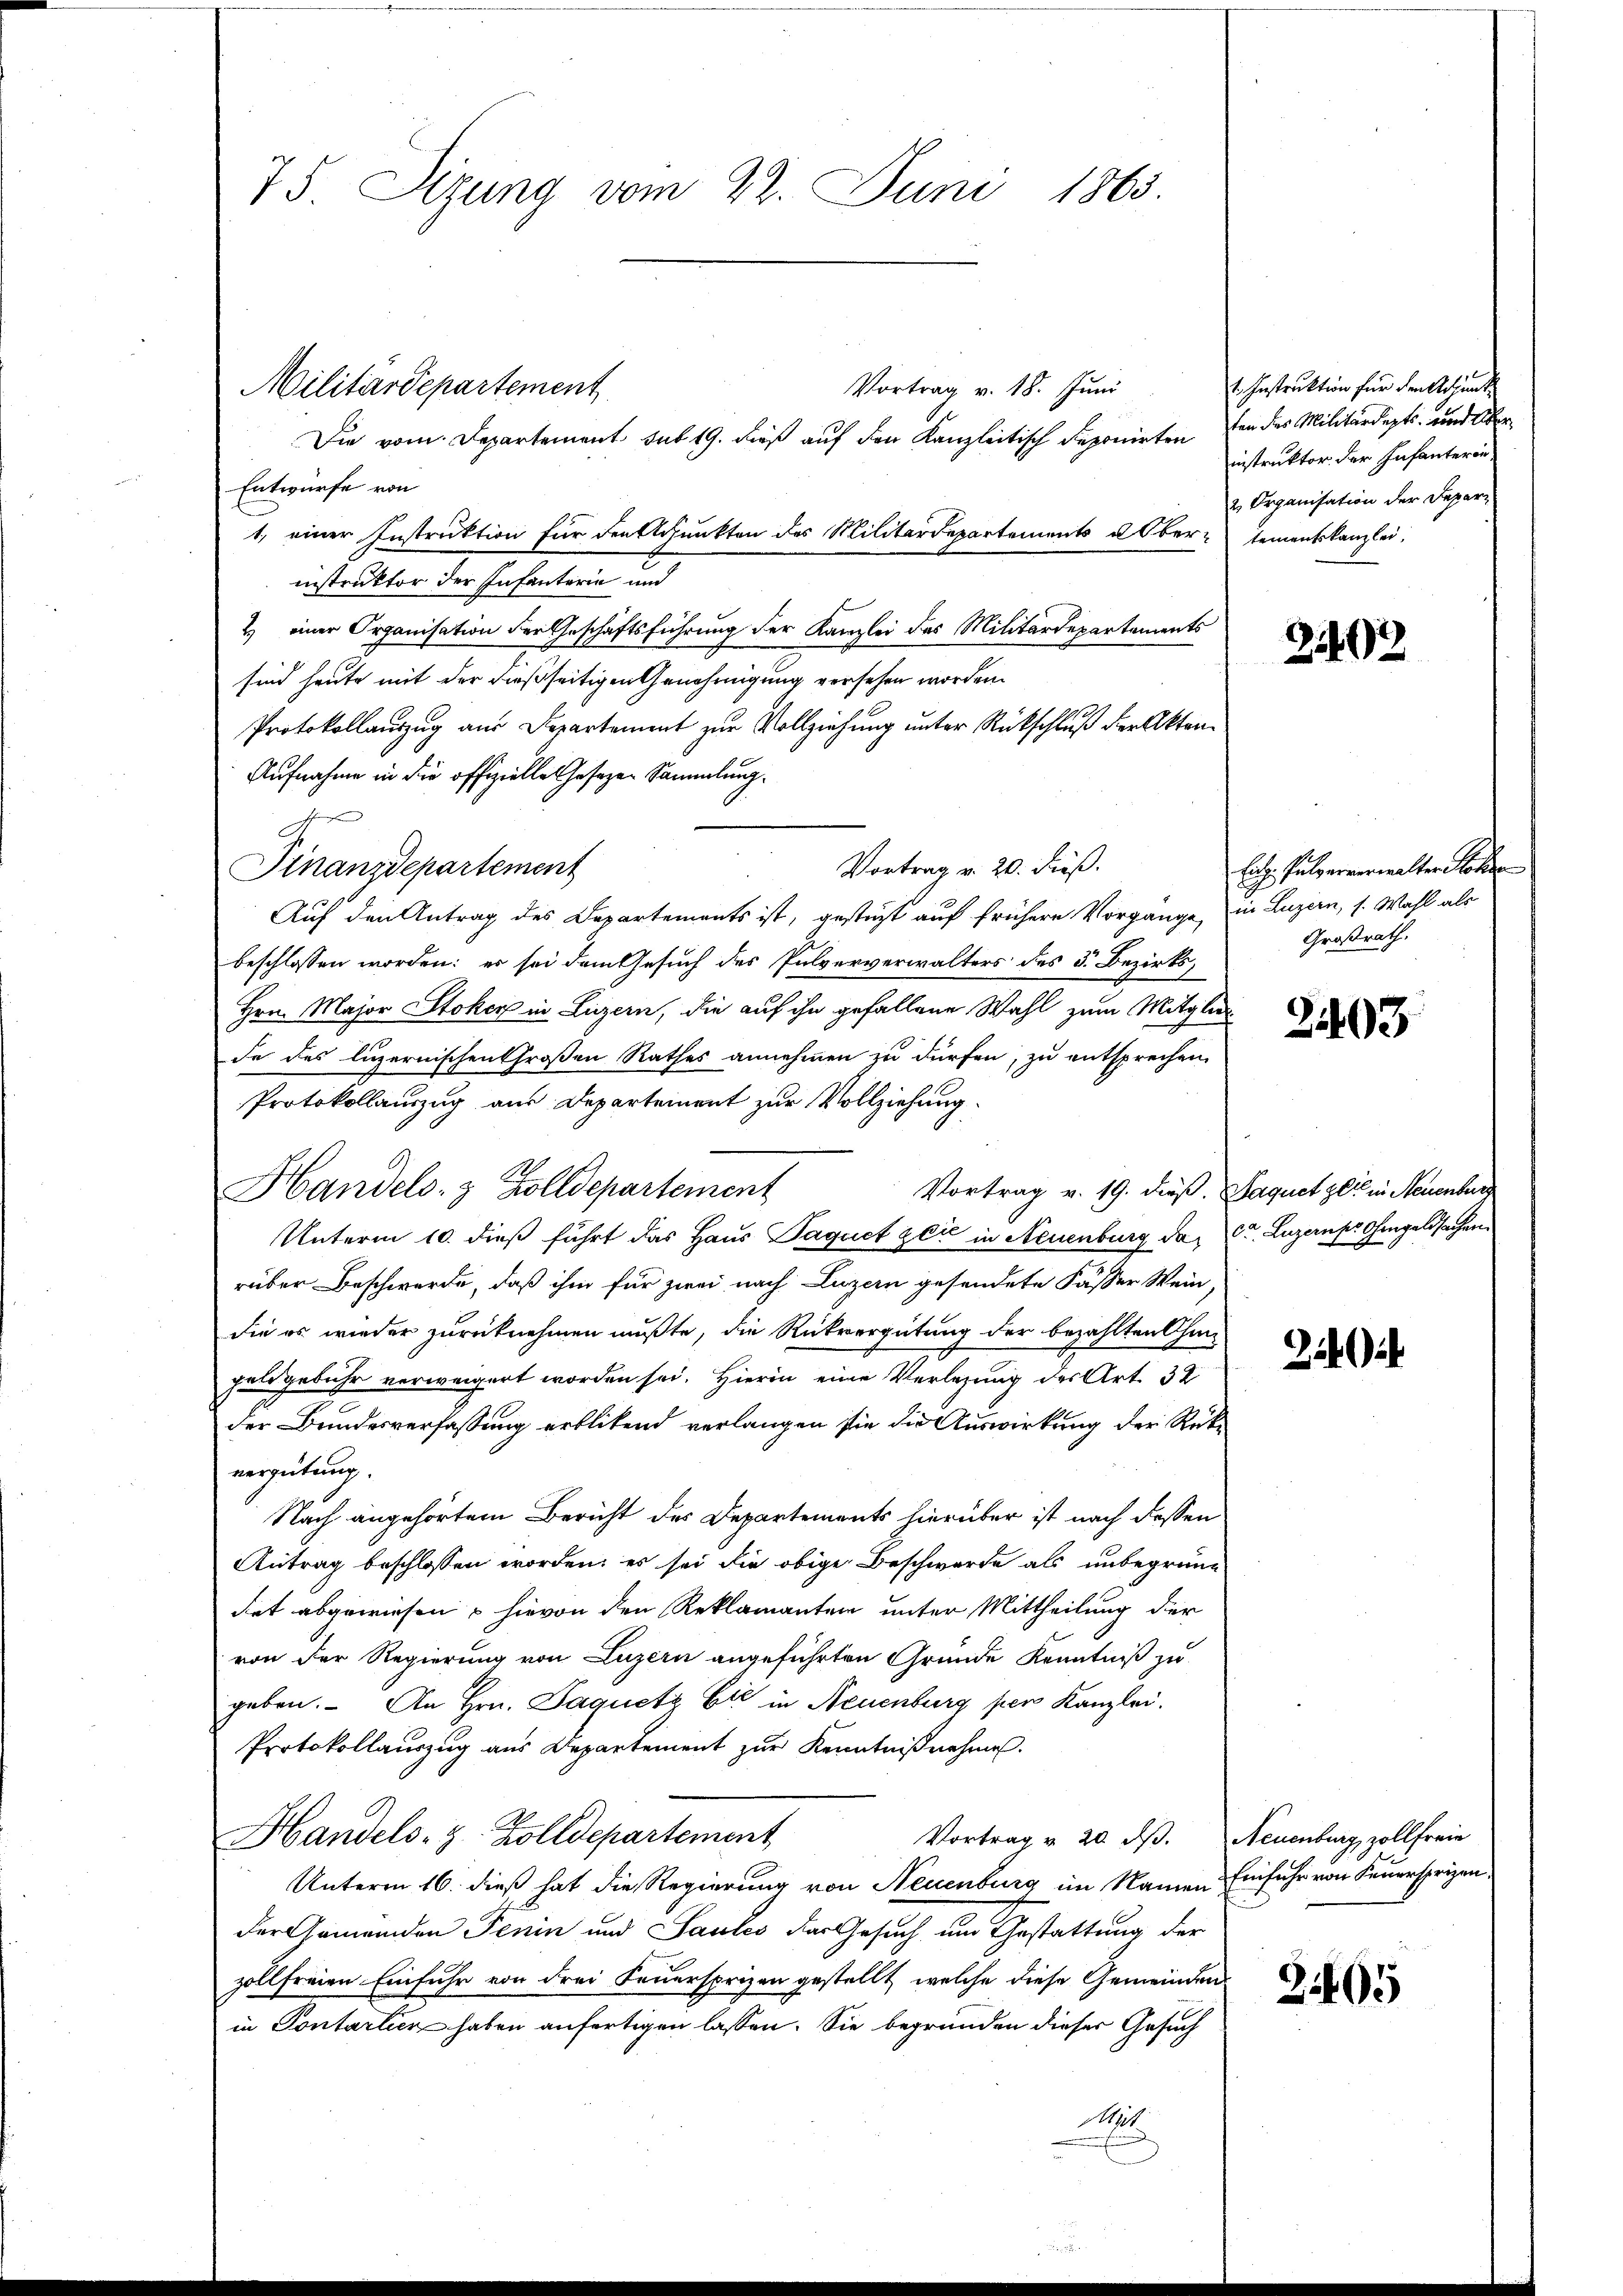
75. Sizung vom 22. Juni 1863.

Vortrag v. 18. Juni
Die vom Departement sub 19. dieß auf den Kanzleitisch deponirten den des Militärdepts- und Über¬
Entwurfe von
1, einer Instruktion für den Acunkten des Militärdepartements a Ober-tementskanzlei.
instruktor der Infanterie und
2) einer Organisation der Geschäftsführung der Kanzlei des Militärdepartements
sind heute mit der dießseitigen Genehmigung versehen worden.
Protokollauszug aus Departement zur Vollziehung unter Rückschluß der Akten¬
Aufnahme in die offizielle Gesezen Sammlung.
g
Finanzdepartement
Auf den Antrag des Departements ist, gesteht auf frühere Vorgänge, in Luzern, s. Wahl als
beschlossen worden: es sei dem Gesuch des Pulververwalters des 3. Bezirks¬
Hrn. Major Stoker in Luzern, die auf ihn gefallene Wahl zum Mitgliede des luzernischen Großen Rathes annehmen zu dürfen, zu entsprechen
Protokollauszug aus Departement zur Vollziehung
Handels- & Zolldepartement
Vortrag v. 19. dieß. Saquet zeit in Neuenburg
Unterm 10. dieß führt das Haus Paquet zeit in Neuenburg das St. Luzerner Ohmgeldsachen
rüber Beschwerde, daß ihm für zwei nach Luzern gesendete Fasser Wein,
die es wieder zurücknehmen mußte, die Rückvergütung der bezahlten Chan-
gelgebühr verweigert worden sei. Hierin eine Verlegung des Art. 32
der Bundesverfassung erblickend verlangen sie die Auswirkung der Rückvergütung.
Nach angehörtem Bericht des Departements hierüber ist nach dessen
Antrag beschlossen worden; es sei die obige Beschwerde als unbegrün-
det abgewiesen hievon den Reklamanten unter Mittheilung der
von der Regierung von Luzern angeführten Gründe Kenntniß zu
geben. An Hrn. Paquetz Ei in Neuenburg per Kanzlei.
Protokollauszug aus Departement zur Kenntniß nehmen.
Handels- & Zolldepartement,
Vortrag v. 20. dβ. Neuenburg zollfreie
Unterm 16. dieß hat die Regierung von Neuenburg im Namen Einfuhr von Feuersprizen
der Gemeinden Penin und Sautes der Gesuch um Gestattung der
zollfreien Einfuhr von drei Feuersprizen gestellt, welche diese Gemeinden
in Pontartien haben anfertigen lassen. Sie begründen dieser Gesuch
A

Militärdepartement

Vortrag v. 20. dieß.

1. Instruktion für den Adjunkt
instruktor der Infanteror
2. Organisation der Depar

21492

liz. Pulververwalter Hohe
Großrath.

31403

2

20